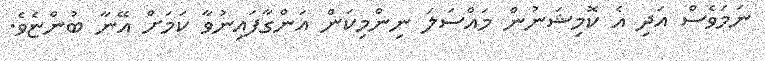
ނަމަވެސް އަދި އެ ކޮމިޝަނުން މައްސަލަ ނިންމިކަން އަންގާފައިނުވާ ކަމަށް އޭނާ ބުންޏެވެ.